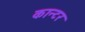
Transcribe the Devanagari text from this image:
कान्टर